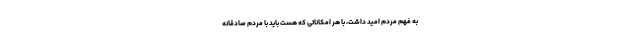
به فهم مردم امید داشت، با هر امکاناتی که هست باید با مردم صادقانه